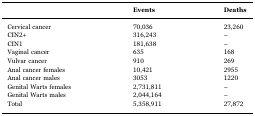
<table><thead><tr><td></td><td><b>Events</b></td><td><b>Deaths</b></td></tr></thead><tbody><tr><td>Cervical cancer</td><td>70,036</td><td>23,260</td></tr><tr><td>CIN2+</td><td>316,243</td><td>–</td></tr><tr><td>CIN1</td><td>181,638</td><td>–</td></tr><tr><td>Vaginal cancer</td><td>635</td><td>168</td></tr><tr><td>Vulvar cancer</td><td>910</td><td>269</td></tr><tr><td>Anal cancer females</td><td>10,421</td><td>2955</td></tr><tr><td>Anal cancer males</td><td>3053</td><td>1220</td></tr><tr><td>Genital Warts females</td><td>2,731,811</td><td>–</td></tr><tr><td>Genital Warts males</td><td>2,044,164</td><td>–</td></tr><tr><td>Total</td><td>5,358,911</td><td>27,872</td></tr></tbody></table>